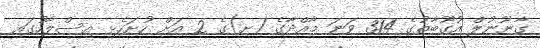
ގާނޫނުލް އުގޫބާތުގެ 314 ވަނަ މާއްދާގެ (ށ)ގެ 2 އަށް ހުށަހެޅި އިސްލާހުގައި